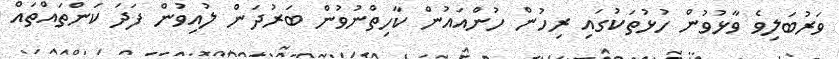
ވަރުބަލިވެ ވާޅުވުން ހުޅުތަކުގައި ރިހުން ހުންއައުން ކާހިތްނުވުން ބަރުދަން ލުއިވުން ފަދަ ކަންތައްތައް